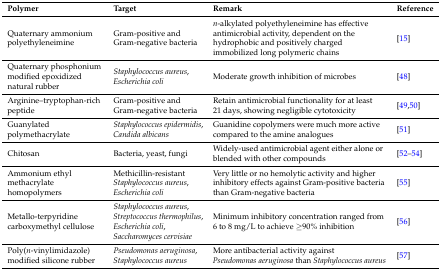
<table><thead><tr><td><b>Polymer</b></td><td><b>Target</b></td><td><b>Remark</b></td><td><b>Reference</b></td></tr></thead><tbody><tr><td>Quaternary ammonium polyethyleneimine</td><td>Gram-positive and Gram-negative bacteria</td><td><i>n</i>-alkylated polyethyleneimine has effective antimicrobial activity, dependent on the hydrophobic and positively charged immobilized long polymeric chains</td><td>[15]</td></tr><tr><td>Quaternary phosphonium modified epoxidized natural rubber</td><td><i>Staphylococcus aureus</i>, <i>Escherichia coli</i></td><td>Moderate growth inhibition of microbes</td><td>[48]</td></tr><tr><td>Arginine–tryptophan-rich peptide</td><td>Gram-positive and Gram-negative bacteria</td><td>Retain antimicrobial functionality for at least 21 days, showing negligible cytotoxicity</td><td>[49,50]</td></tr><tr><td>Guanylated polymethacrylate</td><td><i>Staphylococcus epidermidis</i>, <i>Candida albicans</i></td><td>Guanidine copolymers were much more active compared to the amine analogues</td><td>[51]</td></tr><tr><td>Chitosan</td><td>Bacteria, yeast, fungi</td><td>Widely-used antimicrobial agent either alone or blended with other compounds</td><td>[52,53,54]</td></tr><tr><td>Ammonium ethyl methacrylate homopolymers</td><td>Methicillin-resistant <i>Staphylococcus aureus</i>, <i>Escherichia coli</i></td><td>Very little or no hemolytic activity and higher inhibitory effects against Gram-positive bacteria than Gram-negative bacteria</td><td>[55]</td></tr><tr><td>Metallo-terpyridine carboxymethyl cellulose</td><td><i>Staphylococcus aureus</i>, <i>Streptococcus thermophilus</i>, <i>Escherichia coli</i>, <i>Saccharomyces cervisiae</i></td><td>Minimum inhibitory concentration ranged from 6 to 8 mg/L to achieve ≥90% inhibition</td><td>[56]</td></tr><tr><td>Poly(<i>n</i>-vinylimidazole) modified silicone rubber</td><td><i>Pseudomonas aeruginosa</i>, <i>Staphylococcus aureus</i></td><td>More antibacterial activity against <i>Pseudomonas aeruginosa</i> than <i>Staphylococcus aureus</i></td><td>[57]</td></tr></tbody></table>